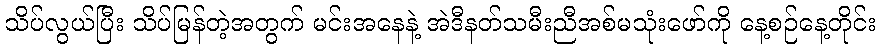
သိပ်လွယ်ပြီး သိပ်မြန်တဲ့အတွက် မင်းအနေနဲ့ အဲဒီနတ်သမီးညီအစ်မသုံးဖော်ကို နေ့စဉ်နေ့တိုင်း